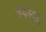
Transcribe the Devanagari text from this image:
सदस्याः